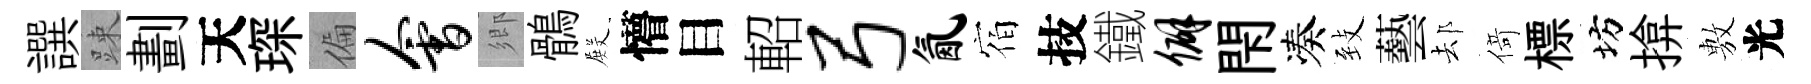
譔踈劃天琛偏会鄉鶻𭮺懵目軺弓氤宿技鐵僻閇凑𦤺藝𨚫𠋣標坊揜𢾾光